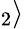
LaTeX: _{2}\rangle